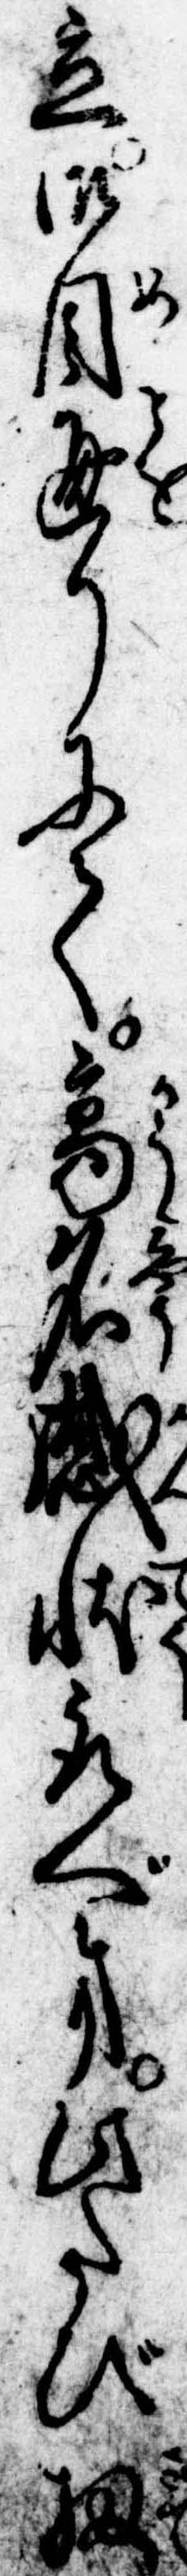
立御目通りにて高名感状取べき此たび扨